Annual statistical returns and brief notes on vaccination in Bengal - 1909-1929
Year: 1909
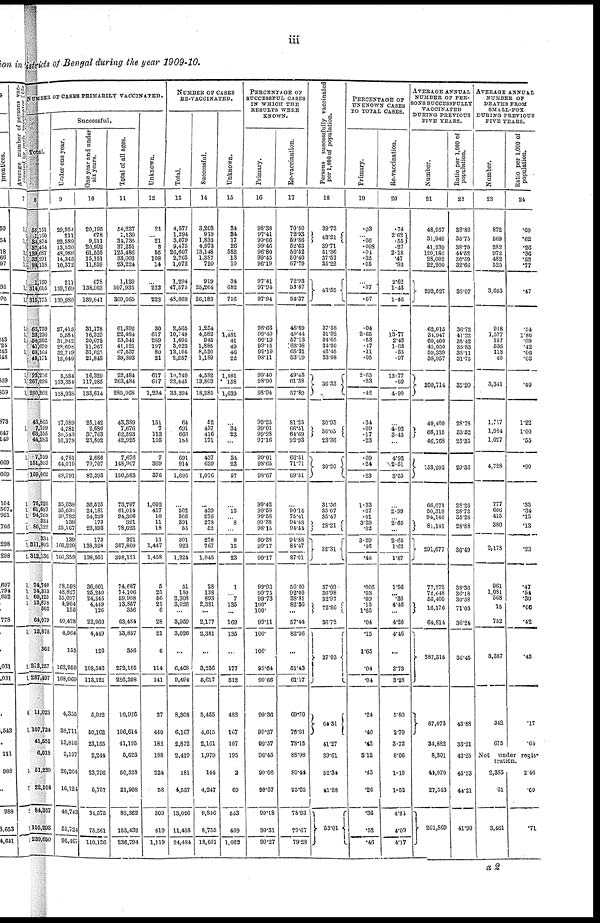
iii
districts of Bengal during the year 1909-10.
NUMBER OF CASES PRIMARILY VACCINATED.
Total.
8
55,151
1,160
34,874
37,454
129,687
33,291
24,158
1,160
314,615
315,775
62,759
23,236
54,262
41,670
68,164
40,171
23,226
267,026
1, 290,202
43,865
7,759
63,155
44,283
7,759
161,803
159,062
76,225
61,687
94,768
334
80,122
334
811,802
312,136
74,740
74,313
60,125
13,873
362
64,079
13,878
362
273,257
287,497
11,023
107,724
41,551
6,018
51,230
22,104
84,357
155,293
239,650
Successful.
Under one year.
9
29,954
211
22,589
13,520
48,989
14,345
10,372
211
139,769
139,980
27,415
5,684
31,942
28,608
32,719
12,640
5,584
133,354
138,938
17,089
4,781
30,543
10,378
4,781
64,010
68,791
35,638
35,633
39,782
139
55,167
139
166,220
100,359
38,598
48,827
35,097
4,964
155
40,428
4,964
155
162,950
168,069
4,355
33,711
13,816
3,197
20,264
16,124
40,745
53,72
96,467
One year and under
six years.
10
20,195
678
9,211
20,992
61,555
15,151
11,859
678
138,963
139,641
81,178
16,329
20,672
11,967
31,625
21,843
16,329
117,285
133,614
25,142
2,686
30,763
23,802
2,686
79,707
82,393
36,525
24,181
54,229
173
23,393
173
138,328
138,501
36,001
25,240
24,345
4,449
126
22,960
4,449
126
108,546
113,121
5,022
50,162
23,155
2,244
23,796
5,767
34,675
75,561
110,136
Total of all ages.
11
54,237
1,130
34,735
37,251
125,486
33,002
23,224
1,130
307,935
309,065
61,892
22,484
53,541
41,121
67,537
89,393
22,484
263,484
285,968
43,389
7,676
62,593
42,925
7,676
148,907
156,583
73,797
61,014
91,366
321
78,623
321
307,800
308,121
74,687
74,106
59,908
13,857
356
63,484
13,857
356
273,185
286,398
10,926
106,614
41,195
5,623
50,528
21,908
83,362
163,432
236,794
Unknown.
12
21
... 21
3
55
108
14
...
222
222
30
617
289
197
80
21
617
617
1,234
151
7
113
105
7
369
376
1,002
417
10
11
18
11
1,447
1,458
5
25
56
21
6
28
21
6
114
141
27
440
182
188
224
58
309
810
1,119
NUMBER OF CASES
RE-VACCINATED.
Total.
13
4,577
1,294
3,079
9,475
26,607
2,765
1,072
1,294
47,575
48,869
2,565
10,749
1,695
3,023
13,105
2,257
10,749
22,645
33,394
64
691
666
184
691
914
1,605
...
502
366
391
55
301
923
1,224
51
150
2,308
3,026
...
3,959
3,026
...
6,468
9,494
8,308
6,167
2,872
2,419
181
4,537
13,026
11,453
24,484
Successful.
14
3,203
919
1,833
4,973
13,148
1,387
720
919
25,264
26,183
1,254
4,582
945
1,885
8,530
1,189
4,582
13,803
18,385
52
437
416
171
437
639
1,076
...
439
276
278
52
278
767
1,045
28
138
893
2,381
...
2,177
2,381
...
3,236
5,617
5,455
4,615
2,161
1,979
144
4,247
9,846
8,755
18,601
Unknown.
15
34
34
17
26
582
13
10
34
682
716
...
1,481
41
49
46
22
1,481
* 158
1,639
...
34
23
...
34
23
67
...
15
... 8
...
8
15
23
1
... 7
135
...
169
135
...
177
312
482
167
107
195
2
69
553
469
1,023
PERCENTAGE OF
SUCCESSFUL CASES
IN WHICH THE
RESULTS WERE
KNOWS.
16
98.38
97.41
99.66
99.46
96.80
99.45
96.19
97.41
97.94
97.94
98.66
99.40
99.19
99.15
99.19
98.11
99.40
98.90
98.94
99.25
99.01
99.28
97.16
99.01
98.65
98.67
99.42
99.58
99.58
99 38
98.15
99.38
99.17
99.17
99.93
99.75
99.73
100.
100.
99.11
100.
100.
99.64
99.66
99.36
99.37
99.57
96.45
99.06
99.37
99.18
99.31
99.27
Re-vaccination.
17
70.50
72.93
59.86
52.63
50.52
50.40
67.79
72.93
53.87
54.37
48.89
49.44
57.13
63.38
65.31
53.19
49.43
61.38
57.89
81.25
66.51
64.69
92.93
66.51
71.71
69.51
...
90.14
75.41
94.88
94.51
94.88
84.47
87.01
56.00
92.00
38.81
82.36
...
57.44
83.36
...
51.43
61.17
69.70
76.91
78.15
88.98
80.44
95.05
78.93
79.67
79.28
Persons successfully vaccinated
per 1,000 of population.
18
39.73
43.21
39.71
51.36
37.57
35.22
43.55
37.58
31.92
34.65
34.20
42.45
33.08
36.33
30.95
30.05
23.36
30.20
31.56
35.07
35.47
28.21
32.31
37.09
36.98
32.97
72.86
36.72
37.03
64.31
41.27
39.61
52.31
41.98
53.01
PERCENTAGE OF
UNKNOWN CASES
TO TOTAL CASES.
Primary.
19
.03
... .06
.008
.04
.32
.05
...
.07
.07
.04
2.65
.53
.47
.11
.05
2.65
.23
.43
.34
.09
.17
.23
.09
.24
.23
1.33
.67
.01
3.29
.02
3.29
.46
.46
.006
.03
.09
.15
1.65
.04
.15
1.65
.04
.04
.24
.40
.43
3.12
.43
.26
.36
.52
.46
Re-vaccination.
20
. 74
2.62
.55
.27
2.18
.47
.93
2.62
1.43
1.46
...
13.77
2.42
1.62
.35
.97
13.77
.69
4.90
...
4.92
3.45
...
4.92
2.51
3.55
...
2.99
... 2.65
...
2.65
1.62
1.87
1.96
... .30
4.46
...
4.26
4.46
...
2.73
3.28
5.80
2.70
3.72
8.06
1.10
1.53
4.21
4.09
4.17
AVERAGE ANNUAL
NUMBER OF PER-
SONS SUCCESSFULLY
VACCINATED
DURING PREVIOUS
FIVE YEARS.
Number.
21
48,957
31,949
41,239
120,180
28,002
22,200
292,527
62,015
34,947
60,406
45,050
59,339
38,957
300,714
40,409
66,115
46,768
153,292
66,071
50,319
94,146
81,141
291,677
77,272
72,648
56,405
16,176
64,814
287,315
87,073
34,882
8,301
44,070
27,543
201,869
Ratio per 1,000 of
population.
22
33.86
35.75
38.79
44.52
30.59
32.66
38.07
36.72
41.22
38.42
35.83
33.11
31.75
35.30
28.78
33.52
25.35
29.36
28.26
28.72
35.28
28.88
30.49
38.36
36.18
30.58
71.03
36.24
36.45
43.88
33.21
43.25
45.53
44.21
41.90
AVERAGE ANNUAL
NUMBER OF
DEATHS FROM
SMALL-POX
DURING PREVIOUS
FIVE YEARS.
Number.
23
872
560
282
972
482
525
3,693
918
1,577
157
536
113
40
3,341
1,717
1,984
1,027
4,728
777
606
415
380
2,178
961
1,081
568
15
752
3,387
342
675
Ratio per 1,000 of
population.
24
.60
.62
.26
.36
.52
.77
.47
.54
1.86
.09
.42
.06
.03
.40
1.22
1.00
.55
.90
.33
.34
.15
.13
.23
.47
.54
.30
.06
.42
.43
.17
.64
Not
under regis-
tration.
2,333
61
3,461
2.46
.09
.71
a2